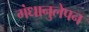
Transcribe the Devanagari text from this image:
गंधानुलेपन